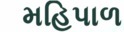
મહિપાળ